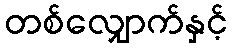
တစ်လျှောက်နှင့်